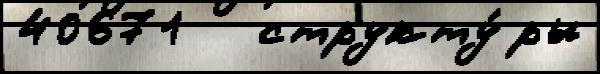
40671   структу́ры